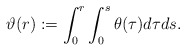
\begin{align*}\vartheta(r):= \int_0^r \int_0^s \theta(\tau) d\tau ds.\end{align*}